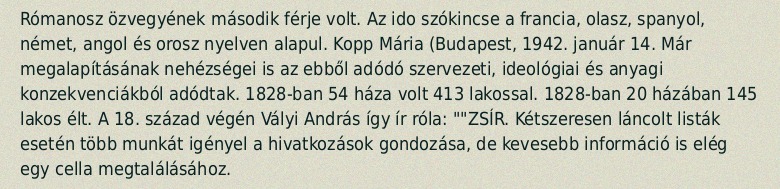
Rómanosz özvegyének második férje volt. Az ido szókincse a francia, olasz, spanyol, német, angol és orosz nyelven alapul. Kopp Mária (Budapest, 1942. január 14. Már megalapításának nehézségei is az ebből adódó szervezeti, ideológiai és anyagi konzekvenciákból adódtak. 1828-ban 54 háza volt 413 lakossal. 1828-ban 20 házában 145 lakos élt. A 18. század végén Vályi András így ír róla: ""ZSÍR. Kétszeresen láncolt listák esetén több munkát igényel a hivatkozások gondozása, de kevesebb információ is elég egy cella megtalálásához.